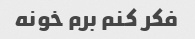
فکر کنم برم خونه